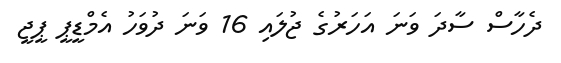
ދެހާސް ސާދަ ވަނަ އަހަރުގެ ޖުލައި 16 ވަނަ ދުވަހު އެމްޑީޕީ ޕީޖީ